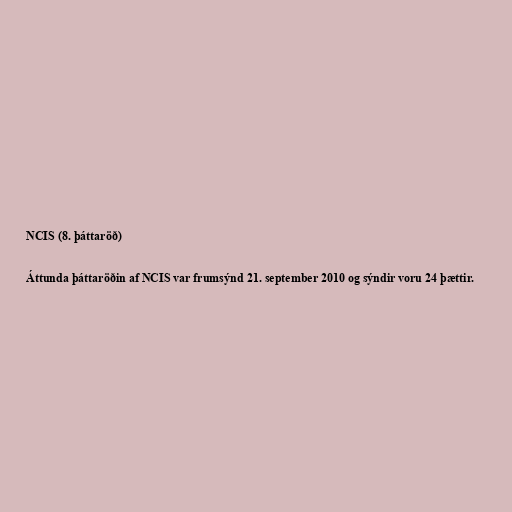
NCIS (8. þáttaröð)

Áttunda þáttaröðin af NCIS var frumsýnd 21. september 2010 og sýndir voru 24 þættir.